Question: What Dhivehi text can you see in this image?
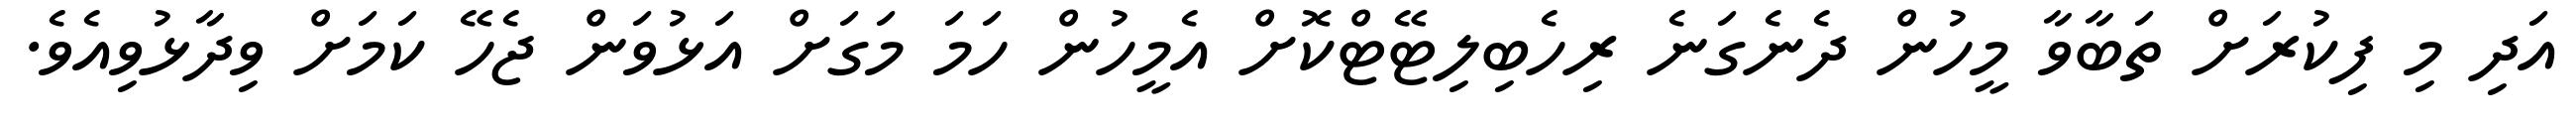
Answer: އަދި މި ފިކުރަށް ތަބާވާ މީހުން ދެނެގަނެ ރިހެބިލިޓޭޓްކޮށް އެމީހުން ހަމަ މަގަށް އަޅުވަން ޖެހޭ ކަމަށް ވިދާޅުވިއެވެ.